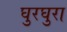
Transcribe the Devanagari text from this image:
घुरघुरा